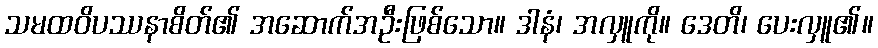
သမထဝိပဿနာစိတ်၏ အဆောက်အဦးဖြစ်သော။ ဒါနံ၊ အလှူကို။ ဒေတိ၊ ပေးလှူ၏။